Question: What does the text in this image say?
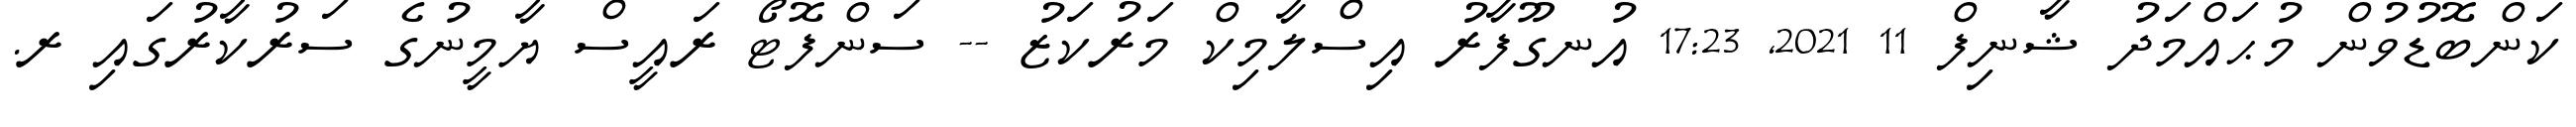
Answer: ކަންބޮޑުވުން މުޙައްމަދު ޝާނިފް 11 2021, 17:23 އުނގޫފާރު އިސްލާމިކް މަރުކަޒު -- ސަންފޮޓޯ ރައީސް ޔާމީނުގެ ސަރުކާރުގައި ރ.